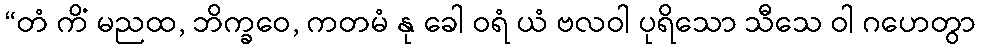
“တံ ကိံ မညထ, ဘိက္ခဝေ, ကတမံ နု ခေါ ဝရံ ယံ ဗလဝါ ပုရိသော သီသေ ဝါ ဂဟေတွာ